Vaccination report Assam 1874-1896 - 1874-1896
Year: 1874
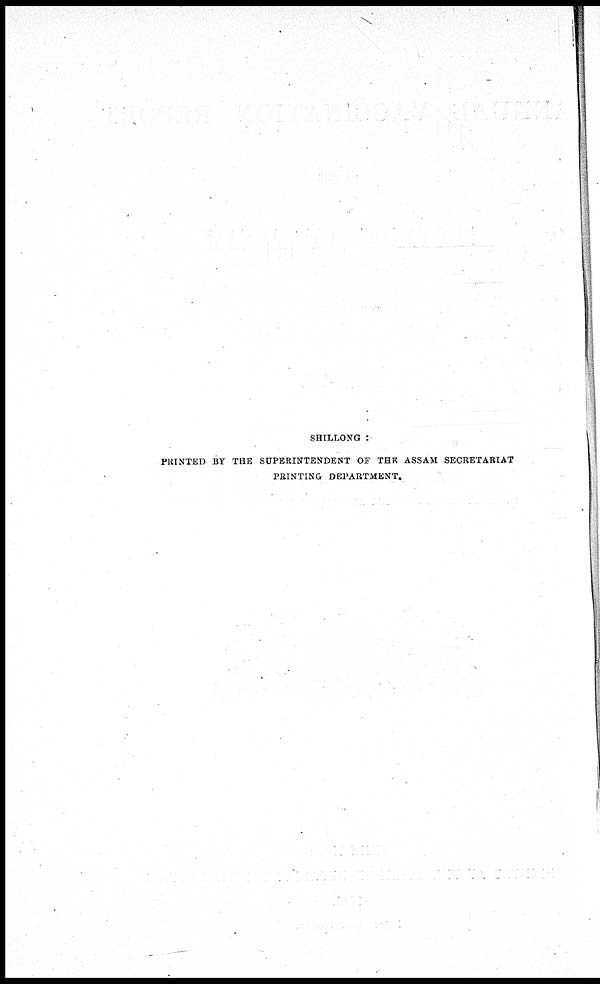
SHILLONG :
PRINTED BY THE SUPERINTENDENT OF THE ASSAM SECRETARIAT
PRINTING DEPARTMENT.